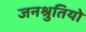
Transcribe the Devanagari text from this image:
जनश्रुतियो